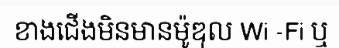
ខាងជើងមិនមានម៉ូឌុល Wi -Fi ឬ